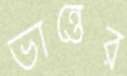
ভান্তের